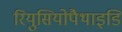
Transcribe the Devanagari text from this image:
रियुसियोपैथाइडि